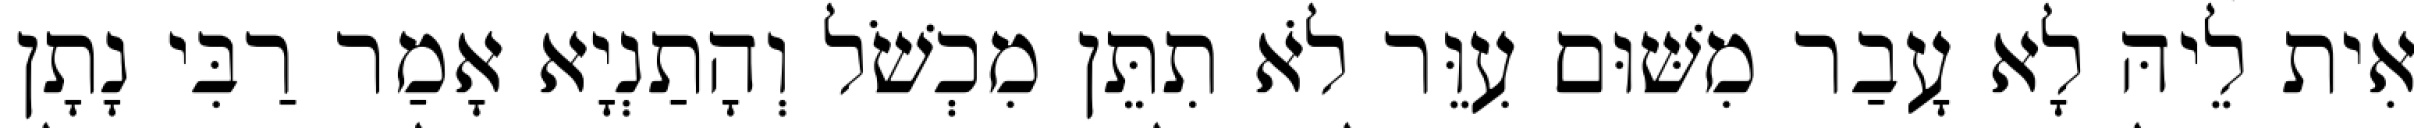
אִית לֵיהּ לָא עָבַר מִשּׁוּם עִוֵּר לֹא תִתֵּן מִכְשֹׁל וְהָתַנְיָא אָמַר רַבִּי נָתָן